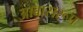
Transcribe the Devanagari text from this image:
आवासरूप